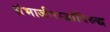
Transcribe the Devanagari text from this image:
संभाजीराजांविरुद्ध